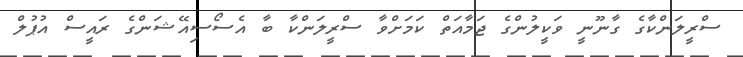
ސްރީލަންކާގެ ގާނޫނީ ވަކީލުންގެ ޖަމާއަތް ކަމަށްވާ ސްރީލަންކާ ބާ އެސޯސިއޭޝަންގެ ރައީސް އުޕުލް